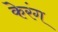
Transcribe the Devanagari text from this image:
केरंग